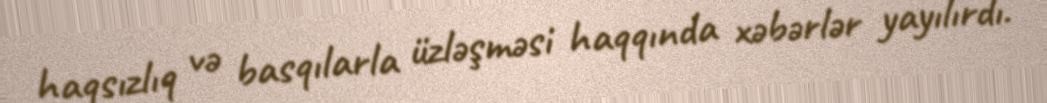
haqsızlıq və basqılarla üzləşməsi haqqında xəbərlər yayılırdı.